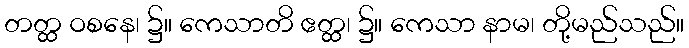
တတ္ထ ဝစနေ၊ ၌။ ကေသာတိ ဧတ္ထ၊ ၌။ ကေသာ နာမ၊ တို့မည်သည်။